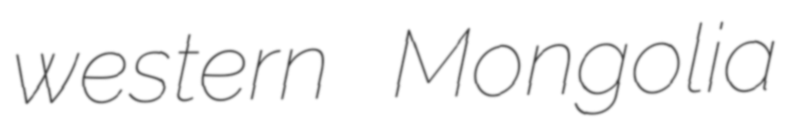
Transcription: western Mongolia